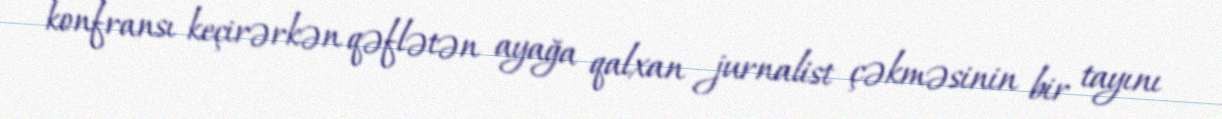
konfransı keçirərkən qəflətən ayağa qalxan jurnalist çəkməsinin bir tayını